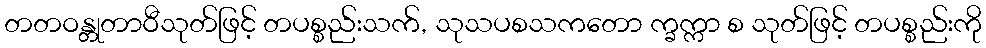
တတဝန္တုတာဝီသုတ်ဖြင့် တပစ္စည်းသက်, သုသပစသကတော က္ခက္ကာ စ သုတ်ဖြင့် တပစ္စည်းကို